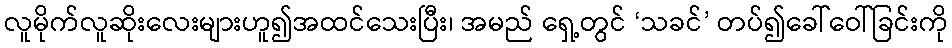
လူမိုက်လူဆိုးလေးများဟူ၍အထင်သေးပြီး၊ အမည် ရှေ့တွင် ‘သခင်’ တပ်၍ခေါ်ဝေါ်ခြင်းကို